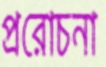
প্ররোচনা